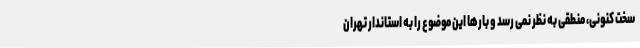
سخت کنونی، منطقی به نظر نمی رسد و بارها این موضوع را به استاندار تهران